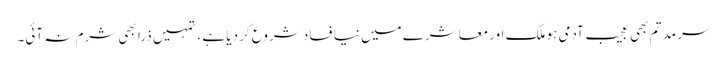
سر مد تم بھی عجیب آدمی ہو ملک اور معاشرے میں نیا فساد شروع کر دیا ہے ، تمہیں ذرا بھی شرم نہ آئی۔